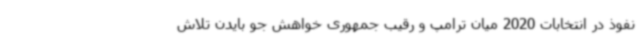
نفوذ در انتخابات 2020 میان ترامپ و رقیب جمهوری خواهش جو بایدن تلاش